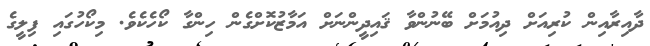
ދާއިރާއިން ކުރިއަށް ދިއުމަށް ބޭނުންވާ ޤައިދީންނަށް އަމާޒުކޮށްގެން ހިންގާ ކޯހެކެވެ. މިކޯހުގައި ފިލީގެ